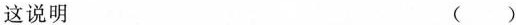
这说明 （ ）